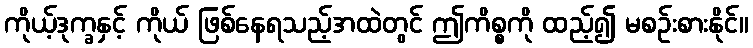
ကိုယ့်ဒုက္ခနှင့် ကိုယ် ဖြစ်နေရသည့်အထဲတွင် ဤကိစ္စကို ထည့်၍ မစဉ်းစားနိုင်။